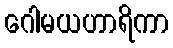
ဂေါမယဟာရိကာ